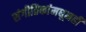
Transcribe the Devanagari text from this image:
संगीतिकांमधूनही